Alphabetical list of drugs, medicines and other preparations free from, and containing, spirit compiled from the results of tests made by the customs houses at Calcutta, Bombay, and Madras
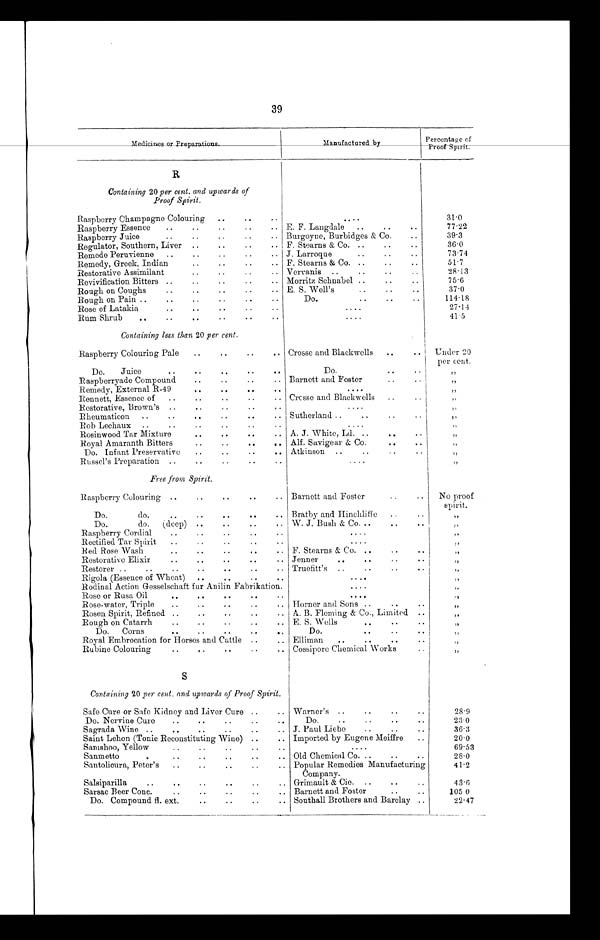
39
M e d i c i n e s o r P r e p a r a t i o n s .
Ma nuf a c t ur e d by
Percentage of
P r o o f S p i r i t .
R
Containing 20 per cent. and upwards of
Proof Spirit.
Raspberry Champagne Colouring . . .
. . .
31.0
Raspberry Essence . . .
E. F. Langdale . . .
77.22
Raspberry Juice . . .
Burgoyne, Burbidges & Co. . . .
39.3
Regulator, Southern, Liver . . .
F. Stearns & Co. . .
36.0
Remede Peruvienne . . .
J. Larroque . . .
73.74
Remedy, Greek, Indian . . .
F. Stearns & Co. . .
51.7
Restorative Assimilant . . .
Vervanis . . .
28. 13
Revivification Bitters . . .
Morritz Schnabel . . .
75.6
Rough on Coughs . . .
E. S. Well's . . .
37.0
Rough on Pain . . .
Do. . .
114.18
Rose of Latakia . . .
. . .
27.14
Rum Shrub . . .
. . .
41.5
Containing less than 20 per cent.
Raspberry Colouring Pale . . .
Crosse and Blackwells . . .
Under 20 per cent.
Do.
Juice . . .
Do. . . .
"
Raspberryade Compound . . .
Barnett and Foster. . .
"
Remedy, External R-49 . . .
. . .
"
Rennett, Essence of . . .
Crosse and Blackwells . . .
"
Restorative, Brown's . . .
. . .
"
Rheumaticon . . .
Sutherland . . .
"
Rob Lechaux . . .
. . .
"
Rosinwood Tar Mixture . . .
A. J. White, Ld . . .
"
Royal Amaranth Bitters . . .
Alf. Savigear & Co. . . .
"
Do. Infant Preservative . . .
Atkinson . . .
" "
Russel's Preparation . . .
. . .
"
Free from Spirit.
Raspberry Colouring . . .
Barnett and Foster . . .
No proof spirit
Do.
do. . .
Bratby and Hinchliffe . . .
"
Do.
do.
(deep) . . .
W. J. Bush & Co. . . .
"
Raspberry Cordial . . .
. . .
"
Rectified Tar Spirit . . .
. . .
"
Red Rose Wash . . .
F. Stearns & Co. . . .
"
Restorative Elixir . . .
Jenner . . .
„
Restorer . . .
Truefitt's . . .
"
Rigola (Essence of Wheat) . . .
. . .
"
Rodinal Action Gesselschaft fur Anilin Fabrikation.
. . .
"
Rose or Rusa Oil . . .
. . .
"
Rose-water, Triple . . .
Horner and Sons . . .
„
Rosen Spirit, Refined . . .
A. B. Fleming & Co., Limited . . .
„
Rough on Catarrh . . .
E. S. Wells . . .
„
Do.
Corns . . .
Do. . . .
„
Royal Embrocation for Horses and Cattle . . .
Elliman. . .
„
Rubine Colouring . . .
Cossipore Chemical Works . . .
"
S
Containing 20 per cent. and upwards of Proof Spirit.
Safe Cure or Safe Kidney and Liver Cure . . .
Warner's . . .
28.9
Do. Nervine Cure . . .
Do. . . .
23.0
Sagrada Wine . . .
J. Paul Liebe . . .
36.3
Saint Lehon (Tonic Reconstituting Wine) . . .
Imported by Eugene Meiffre . . .
20.0
Samshoo, Yellow . . .
. . .
69.53
Sanmetto . . .
Old Chemical Co. . . .
28.0
Santolicura, Peter's . . .
Popular Remedies Manufacturing
41.2
Salsiparilla . . .
Company.
Grimault & Cie. . . .
43.6
Sarsac Beer Conc. . . .
Barnett and Foster . . .
105 0
Do. Compound fl. ext. . .
Southall Brothers and Barclay . . .
22.47